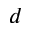
d